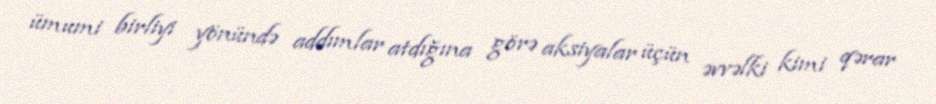
ümumi birliyi yönündə addımlar atdığına görə aksiyalar üçün əvvəlki kimi qərar